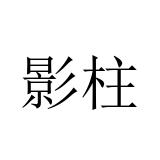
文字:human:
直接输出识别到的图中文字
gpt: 影柱